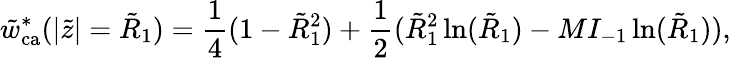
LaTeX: \tilde{w}_{\mathrm{ca}}^{*}(|\tilde{z}|=\tilde{R}_{1})=\frac{1}{4}(1-\tilde{R}_{1}^{2})+\frac{1}{2}(\tilde{R}_{1}^{2}\ln(\tilde{R}_{1})-MI_{-1}\ln(\tilde{R}_{1})),